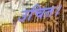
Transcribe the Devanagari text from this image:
उचित।